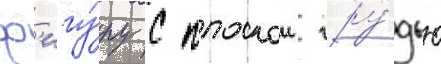
ф'игу́ру с плоскои гру́дью